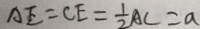
A E = C E = \frac { 1 } { 2 } A C = a